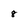
Character: 8